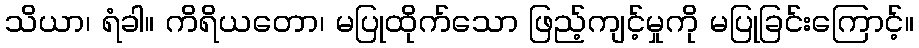
သိယာ၊ ရံခါ။ ကိရိယတော၊ မပြုထိုက်သော ဖြည့်ကျင့်မှုကို မပြုခြင်းကြောင့်။